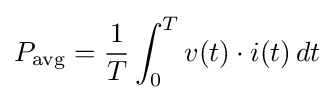
P_{\mathrm {avg} }={\frac {1}{T}}\int _{0}^{T}v(t)\cdot i(t)\,dt